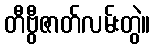
တီဗွီဇာတ်လမ်းတွဲ။